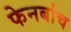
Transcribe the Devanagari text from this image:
फेनर्बाच